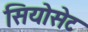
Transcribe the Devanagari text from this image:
सियोसेट